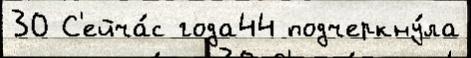
30 С'ейча́с года44 подчеркну́ла